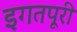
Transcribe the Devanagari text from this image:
इगतपूरी